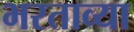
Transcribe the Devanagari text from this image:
भरताव्या